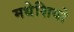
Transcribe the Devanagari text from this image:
मधेशियो